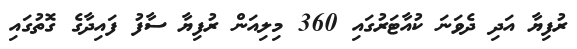
ރުފިޔާ އަދި ދެވަނަ ކުއާޓަރުގައި 360 މިލިއަން ރުފިޔާ ސާފު ފައިދާގެ ގޮތުގައި